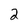
Character: 2